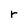
Character: r